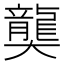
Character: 𪚔